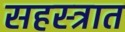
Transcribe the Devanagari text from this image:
सहस्त्रात